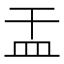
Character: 㿻